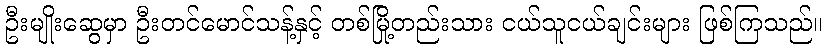
ဦးမျိုးဆွေမှာ ဦးတင်မောင်သန့်နှင့် တစ်မြို့တည်းသား ငယ်သူငယ်ချင်းများ ဖြစ်ကြသည်။